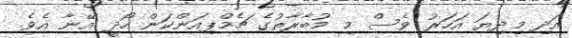
އަދި މިދިޔަ އަހަރު ވެސް މި މުބާރާތުގެ ޗެމްޕިއަންކަން ހޯދީ އޭނާ އެވެ.